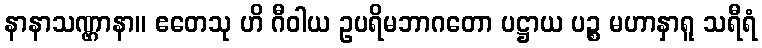
နာနာသဏ္ဌာနာ။ ဧတေသု ဟိ ဂီဝါယ ဥပရိမဘာဂတော ပဋ္ဌာယ ပဉ္စ မဟာနှာရူ သရီရံ